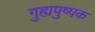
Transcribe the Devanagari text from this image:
गुह्यपुष्पक